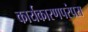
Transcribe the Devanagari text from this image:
कार्यकारणपरंपरा